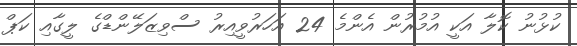
ކުޅުނު ކޮލާ އަކީ އުމުރުން އެންމެ 24 އަހަރުވީއިރު ސްވިޒަލޭންޑްގެ ލީގާއި ކަޕް